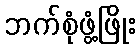
ဘက်စုံဖွံ့ဖြိုး